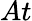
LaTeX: At